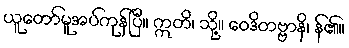
ယူတော်မူအပ်ကုန်ပြီ။ ဣတိ၊ သို့။ ဝေဒိတဗ္ဗာနိ၊ န်၏။